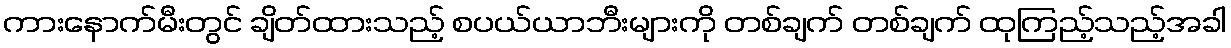
ကားနောက်မီးတွင် ချိတ်ထားသည့် စပယ်ယာဘီးများကို တစ်ချက် တစ်ချက် ထုကြည့်သည့်အခါ